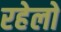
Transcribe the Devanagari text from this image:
रहेलो